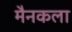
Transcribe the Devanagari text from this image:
मैनकला